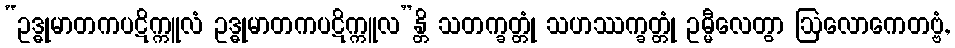
“ဥဒ္ဓုမာတကပဋိက္ကူလံ ဥဒ္ဓုမာတကပဋိက္ကူလ”န္တိ သတက္ခတ္တုံ သဟဿက္ခတ္တုံ ဥမ္မီလေတွာ ဩလောကေတဗ္ဗံ,